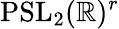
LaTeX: \mathrm{PSL}_{2}(\mathbb{R})^{r}